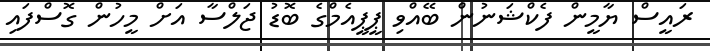
ރައީސް ޔާމީން ފެކްޝަނުން ބޭއްވި ޕީޕީއެމްގެ ބޮޑު ޖަލްސާ އަށް މީހުން ގޮސްފައި